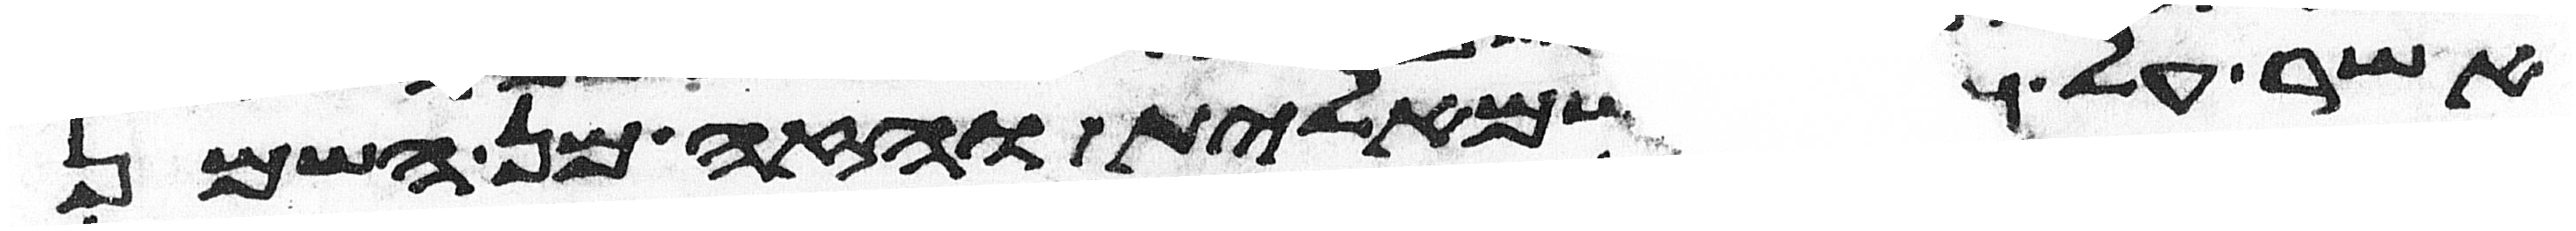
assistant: אשר על כפו השמאלית והזה מן השמן